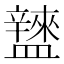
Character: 𥃌